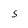
Character: 5